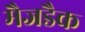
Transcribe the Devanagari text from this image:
मैजडैक